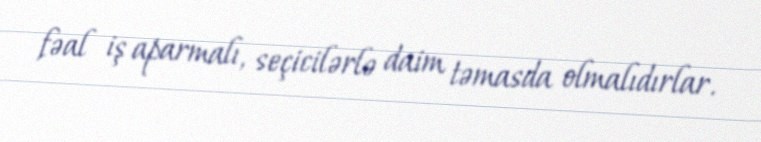
fəal iş aparmalı, seçicilərlə daim təmasda olmalıdırlar.